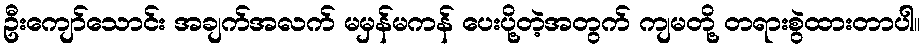
ဦးကျော်သောင်း အချက်အလက် မမှန်မကန် ပေးပို့တဲ့အတွက် ကျမတို့ တရားစွဲထားတာပါ။